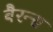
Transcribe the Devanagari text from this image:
बैरन्स